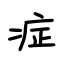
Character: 症